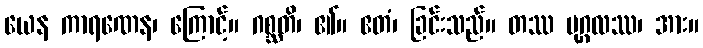
ယေန ကာရဏေန၊ ကြောင့်။ ဂစ္ဆတိ၊ ၏။ ဧတံ၊ ခြင်းသည်။ တဿ ပုဂ္ဂလဿ၊ အား။